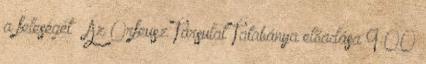
a feleségét – Az Orfeusz Társulat Tatabánya előadása 9:00